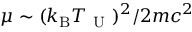
\mu \sim ( k _ { \mathrm { B } } T _ { \mathrm { ~ U ~ } } ) ^ { 2 } / 2 m c ^ { 2 }